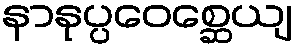
နာနုပ္ပဝေစ္ဆေယျ